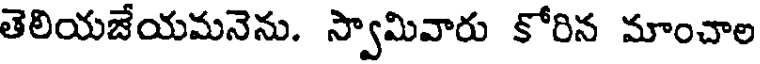
తెలియజేయమనెను. స్వామివారు కోరిన మాంచాల